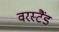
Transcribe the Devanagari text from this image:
वरस्टैंड